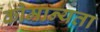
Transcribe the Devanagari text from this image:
कोमान्यता